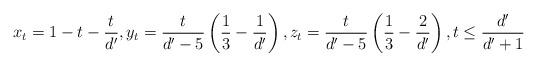
LaTeX: \begin{align*}x_t = 1 - t - \frac{t}{d'},y_t = \frac{t}{d'-5} \left(\frac{1}{3} - \frac{1}{d'} \right), z_t = \frac{t}{d'-5} \left( \frac{1}{3} - \frac{2}{d'} \right), t \leq \frac{d'}{d'+1}\end{align*}